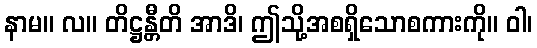
နာမ။ လ။ တိဋ္ဌန္တီတိ အာဒိ၊ ဤသို့အစရှိသောစကားကို။ ဝါ၊